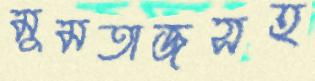
মুমতাজসহ